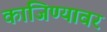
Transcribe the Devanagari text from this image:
कांजिण्यावर